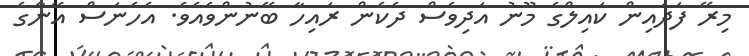
މިރޭ ފަދައިން ކައިލްގެ މޫނު އަދިވެސް ދެކެން ރައިހާ ބޭނުންވެއެވެ. އެހެނަސް އޭނާގެ